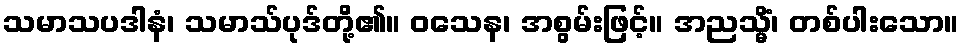
သမာသပဒါနံ၊ သမာသ်ပုဒ်တို့၏။ ဝသေန၊ အစွမ်းဖြင့်။ အညသ္မိံ၊ တစ်ပါးသော။